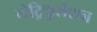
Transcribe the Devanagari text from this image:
मेट्रिकुलेशन